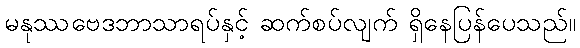
မနုဿဗေဒဘာသာရပ်နှင့် ဆက်စပ်လျက် ရှိနေပြန်ပေသည်။